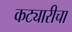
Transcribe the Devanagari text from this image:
कट्यारीचा